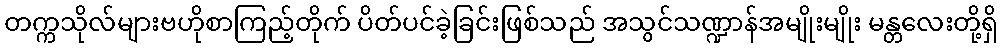
တက္ကသိုလ်များဗဟိုစာကြည့်တိုက် ပိတ်ပင်ခဲ့ခြင်းဖြစ်သည် အသွင်သဏ္ဍာန်အမျိုးမျိုး မန္တလေးတို့ရှိ